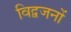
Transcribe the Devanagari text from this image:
विद्वजनों